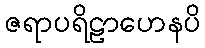
ဇရာပရိဠာဟေနပိ